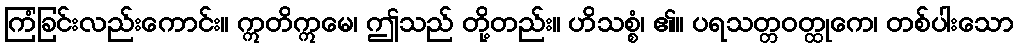
ကြံခြင်းလည်းကောင်း။ ဣတိဣမေ၊ ဤသည် တို့တည်း။ ဟိသစ္စံ၊ ၏။ ပရသတ္တဝတ္ထုကေ၊ တစ်ပါးသော